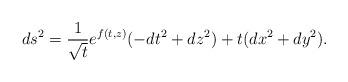
LaTeX: \begin{align*} ds^2=\frac{1}{\sqrt{t}} e^{f(t,z)} (-dt^2+dz^2)+t(dx^2+dy^2) .\end{align*}